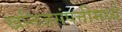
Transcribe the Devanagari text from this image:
खनिजसंपत्तीमध्ये